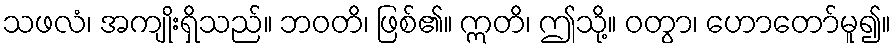
သဖလံ၊ အကျိုးရှိသည်။ ဘဝတိ၊ ဖြစ်၏။ ဣတိ၊ ဤသို့။ ဝတွာ၊ ဟောတော်မူ၍။